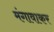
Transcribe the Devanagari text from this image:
मंगावाकर